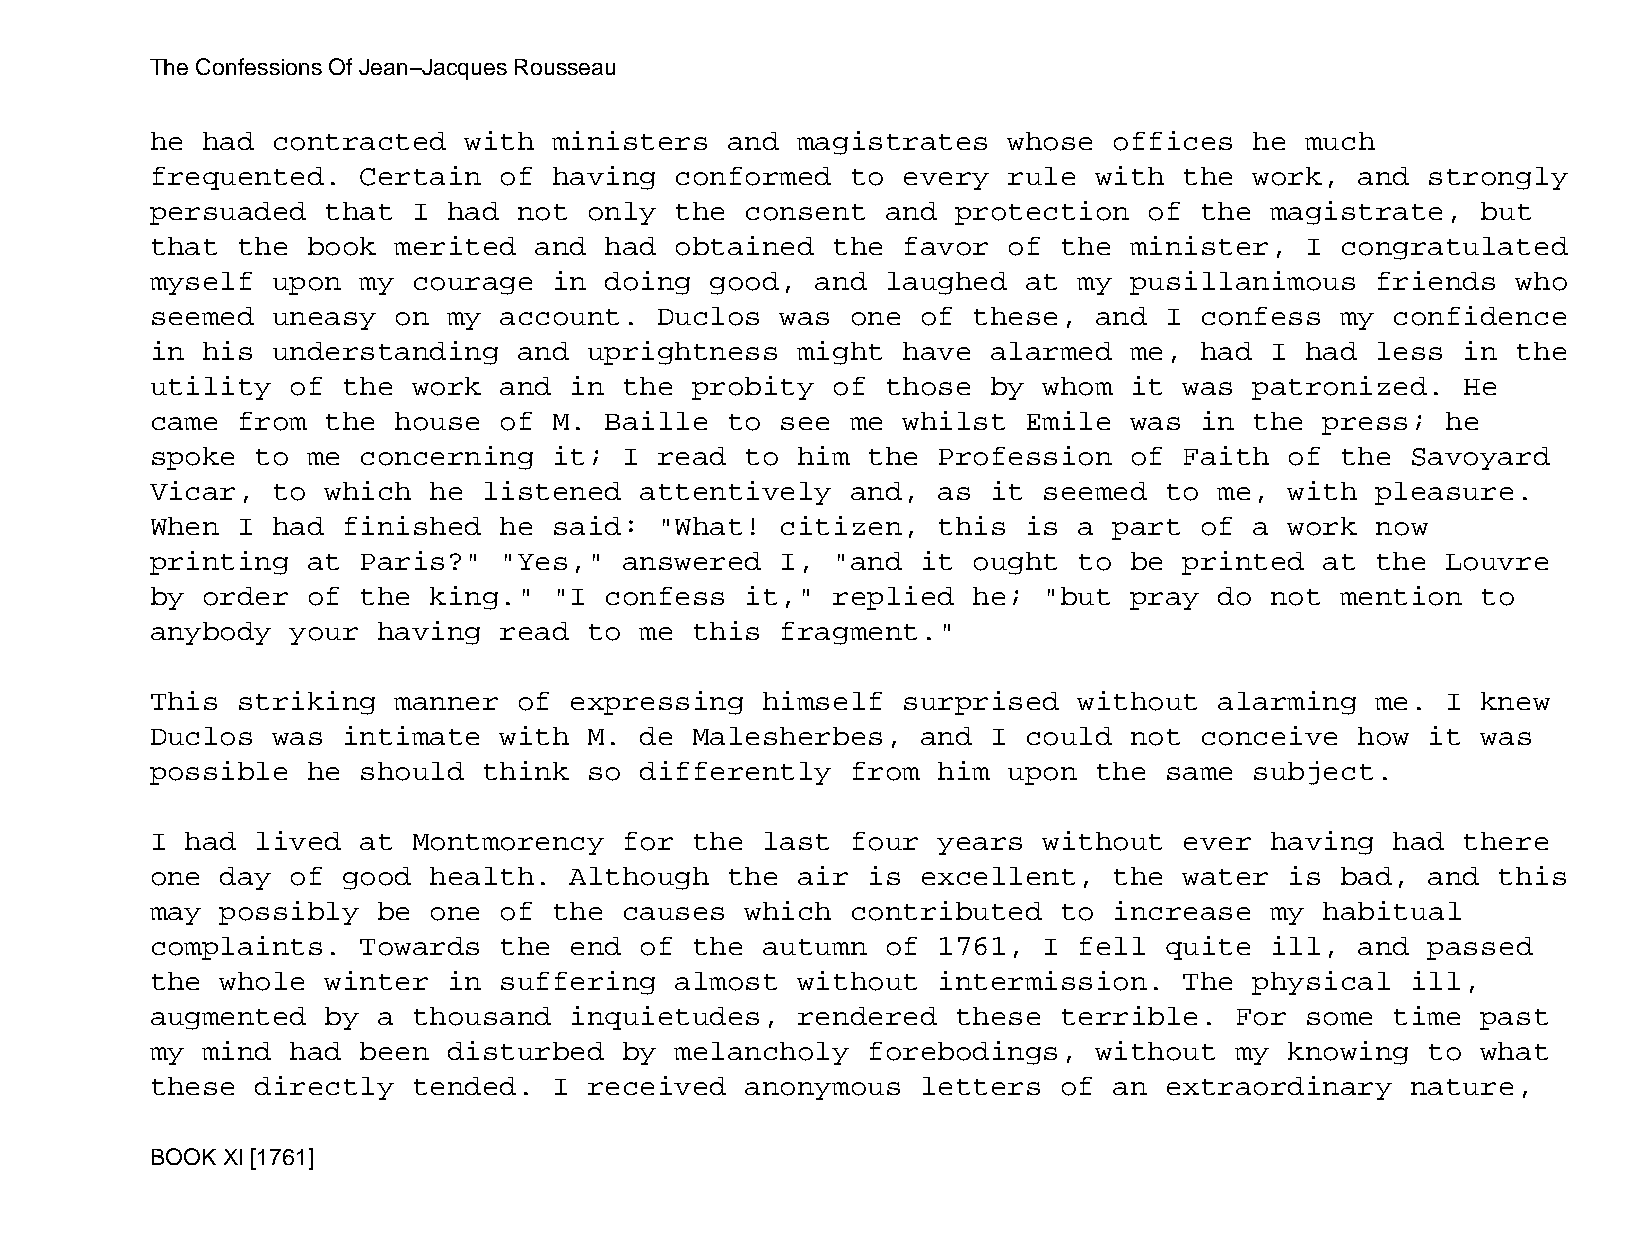
The Confessions Of Jean−Jacques Rousseau
 he had  contracted   with  ministers  and  magistrates   whose  offices  he much
 frequented.   Certain  of  having  conformed  to  every  rule with  the  work,  and  strongly
 persuaded   that I  had not  only  the consent   and protection   of the  magistrate,   but
 that  the book  merited  and  had  obtained  the  favor  of the  minister,  I  congratulated
 myself  upon  my courage   in doing  good,  and  laughed  at my  pusillanimous   friends  who
 seemed  uneasy  on  my account.   Duclos  was one  of these,  and  I confess   my confidence
 in his  understanding   and  uprightness   might  have  alarmed  me, had  I had  less  in the
 utility  of  the work  and  in the  probity  of  those  by whom  it was  patronized.   He
 came  from  the house  of  M. Baille  to  see me  whilst  Emile  was in  the  press;  he
 spoke  to me  concerning   it; I  read to  him the  Profession   of Faith  of  the Savoyard
 Vicar,  to  which he  listened  attentively   and,  as  it seemed  to  me, with  pleasure.
 When  I had  finished  he  said:  "What!  citizen,  this  is a  part of  a work  now
 printing  at  Paris?"  "Yes,"  answered   I, "and  it ought  to  be printed   at the  Louvre
 by order  of  the king."   "I confess  it,"  replied  he;  "but  pray  do not  mention  to
 anybody  your  having  read  to me  this  fragment."
 This  striking  manner  of  expressing  himself   surprised  without   alarming  me.  I knew
 Duclos  was  intimate  with  M. de  Malesherbes,   and  I could  not conceive   how  it was
 possible  he  should  think  so differently   from  him  upon the  same  subject.
 I had  lived  at Montmorency   for  the last  four  years  without  ever  having  had  there
 one  day of  good health.   Although  the  air is  excellent,   the water  is  bad,  and this
 may  possibly  be one  of  the causes  which  contributed   to  increase  my  habitual
 complaints.   Towards  the  end of  the autumn   of 1761,  I fell  quite  ill,  and  passed
 the  whole  winter  in suffering   almost  without  intermission.   The  physical  ill,
 augmented   by a thousand   inquietudes,   rendered  these  terrible.   For some  time  past
 my mind  had  been  disturbed  by  melancholy  forebodings,   without   my knowing   to what
 these  directly  tended.   I received  anonymous   letters  of  an extraordinary   nature,
 BOOK XI [1761]